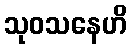
သုဝသနေဟိ